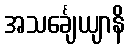
အသင်္ချေယျာနိ